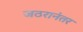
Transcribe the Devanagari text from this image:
जठरानंतर